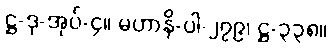
ဋ္ဌ-ဒု-အုပ်-၄။ မဟာနိ-ပါ-၂၇၉၊ ဋ္ဌ-၃၃၈။